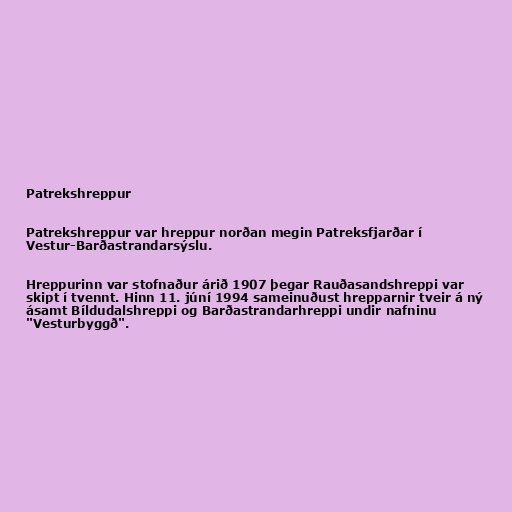
Patrekshreppur

Patrekshreppur var hreppur norðan megin Patreksfjarðar í
Vestur-Barðastrandarsýslu.

Hreppurinn var stofnaður árið 1907 þegar Rauðasandshreppi var
skipt í tvennt. Hinn 11. júní 1994 sameinuðust hrepparnir tveir á ný
ásamt Bíldudalshreppi og Barðastrandarhreppi undir nafninu
"Vesturbyggð".